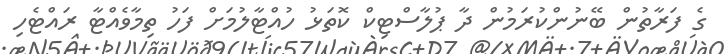
ގެ ފަރާތުން ބޭނުންކުރަމުން ދާ ޕުލާސްޓިކް ކޮތަޅު ހުއްޓާލުމަށް ފަހު ތިމާވެއްޓާ ރައްޓެހި